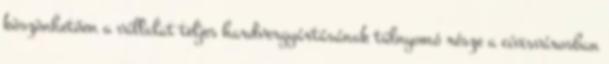
köszönhetően a vállalat teljes hardvergyártásának túlnyomó része a cívisvárosban